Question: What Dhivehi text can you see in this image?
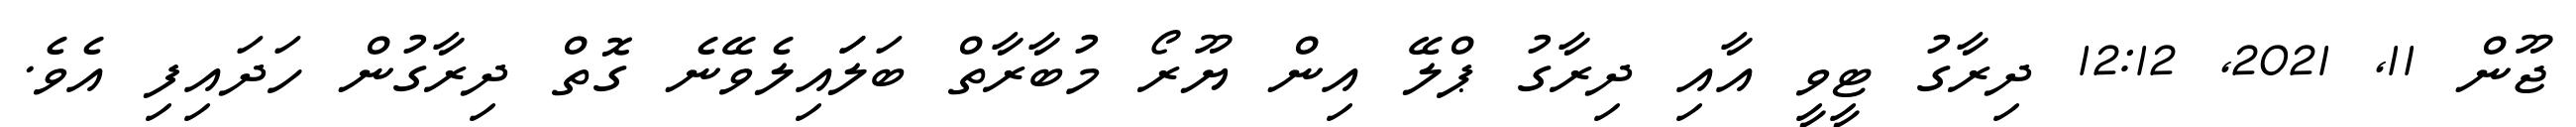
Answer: ޖޫން 11, 2021, 12:12 ދިރާގު ޓީވީ އާއި ދިރާގު ޕްލޭ އިން ޔޫރޯ މުބާރާތް ބަލަައިލެވޭނެ ގޮތް ދިރާގުން ހަދައިފި އެވެ.